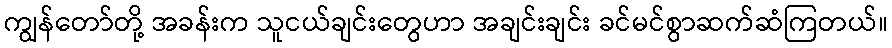
ကျွန်တော်တို့ အခန်းက သူငယ်ချင်းတွေဟာ အချင်းချင်း ခင်မင်စွာဆက်ဆံကြတယ်။